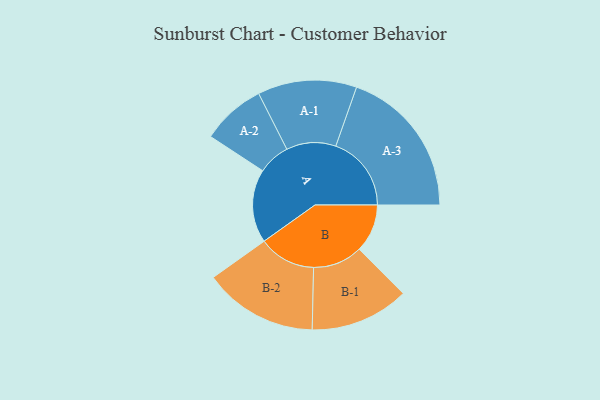
{"axis": {"x": "Segment", "y": "Value"}, "legend": ["", "A", "B"], "data": [{"x": "A", "y": 282, "type": ""}, {"x": "B", "y": 185, "type": ""}, {"x": "A-1", "y": 190, "type": "A"}, {"x": "A-2", "y": 123, "type": "A"}, {"x": "A-3", "y": 290, "type": "A"}, {"x": "B-1", "y": 190, "type": "B"}, {"x": "B-2", "y": 219, "type": "B"}]}